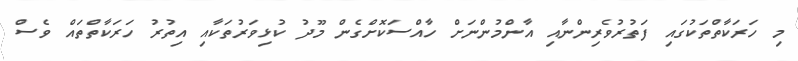
މި ހަރަކާތްތަކުގައި ފަތުރުވެރިންނާއި އާންމުންނަށް ހާއްސަކޮށްގެން މޫދު ކުޅިވަރުތަކާއި އިތުރު ހަރަކާތްތައް ވެސް